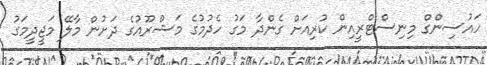
ހައުސިންގް މިނިސްޓްރީއިން ކުރިއަށް ގެންދާ މަގު ހެދުމުގެ މަޝްރޫއުގެ ދަށުން މާލޭ މަޖީދީމަގު